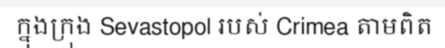
ក្នុងក្រុង Sevastopol របស់ Crimea តាមពិត